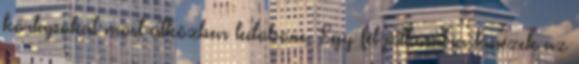
kórlapokat most útközben ledobom. Egy fél pillanatra kinézek az